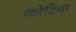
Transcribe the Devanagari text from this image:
कोटिवा